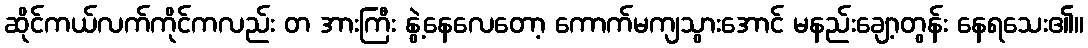
ဆိုင်ကယ်လက်ကိုင်ကလည်း တ အားကြီး နွဲ့နေလေတော့ ကောက်မကျသွားအောင် မနည်းချော့တွန်း နေရသေး၏။